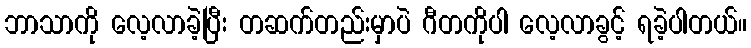
ဘာသာကို လေ့လာခဲ့ပြီး တဆက်တည်းမှာပဲ ဂီတကိုပါ လေ့လာခွင့် ရခဲ့ပါတယ်။